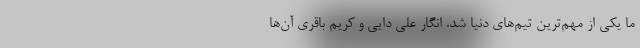
ما یکی از مهم‌ترین تیم‌های دنیا شد. انگار علی دایی و کریم باقری آن‌ها